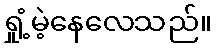
ရှုံ့မဲ့နေလေသည်။